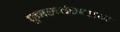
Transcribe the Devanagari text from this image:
पुनस्संस्थान